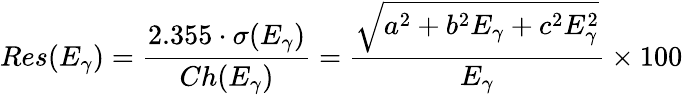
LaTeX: Res(E_{\gamma})=\frac{2.355\cdot\sigma(E_{\gamma})}{Ch(E_{\gamma})}=\frac{\sqrt{a^{2}+b^{2}E_{\gamma}+c^{2}E_{\gamma}^{2}}}{E_{\gamma}}\times 100\